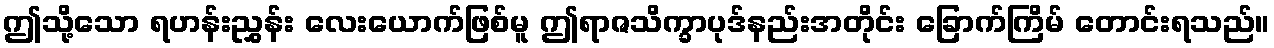
ဤသို့သော ရဟန်းညွှန်း လေးယောက်ဖြစ်မူ ဤရာဇသိက္ခာပုဒ်နည်းအတိုင်း ခြောက်ကြိမ် တောင်းရသည်။